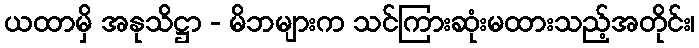
ယထာမှိ အနုသိဋ္ဌာ - မိဘများက သင်ကြားဆုံးမထားသည့်အတိုင်း၊